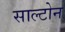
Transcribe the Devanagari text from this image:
साल्टोन